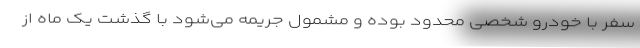
سفر با خودرو شخصی محدود بوده و مشمول جریمه می‌شود با گذشت یک ماه از